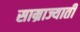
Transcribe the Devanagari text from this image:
साम्राज्याती